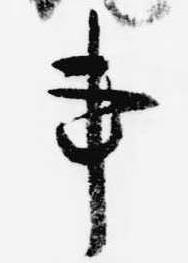
事